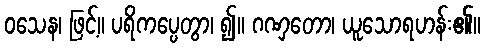
ဝသေန၊ ဖြင့်။ ပရိကပ္ပေတွာ၊ ၍။ ဂဏှတော၊ ယူသောရဟန်း၏။